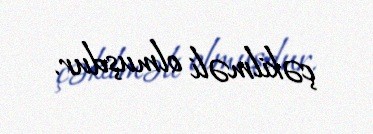
çəkilməli olmuşdur.